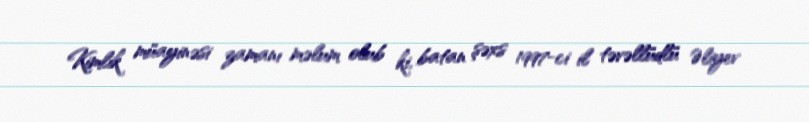
Kimlik müayinəsi zamanı məlum olub ki, batan şəxs 1997-ci il təvəllüdlü Əliyev